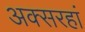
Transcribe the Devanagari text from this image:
अक्सरहां